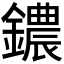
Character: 𫓒